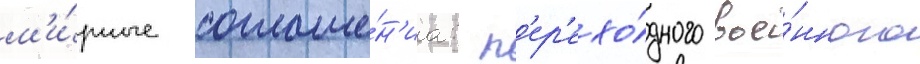
м'и́рные соглаше́н'иа: п'ер'ехо́дного вое́нного